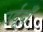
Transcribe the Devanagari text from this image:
उर्दूदाँ